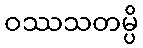
ဝဿသတမ္ပိ